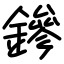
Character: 鏒